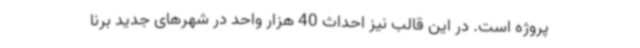
پروژه است. در این قالب نیز احداث 40 هزار واحد در شهرهای جدید برنا